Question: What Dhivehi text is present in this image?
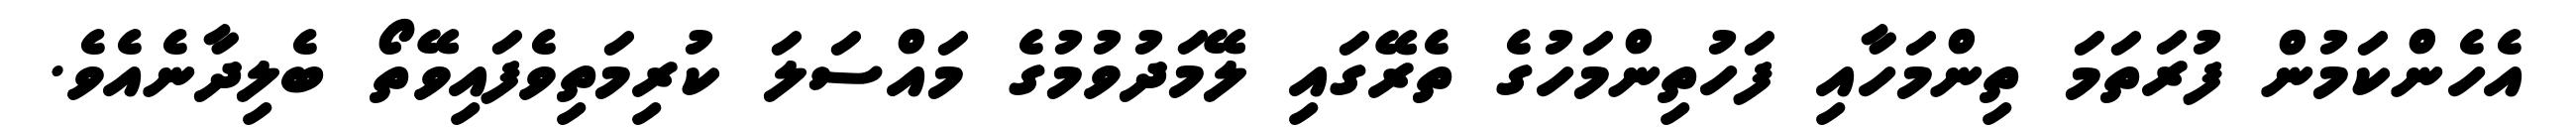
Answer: އެހެންކަމުން ފުރަތަމަ ތިންމަހާއި ފަހުތިންމަހުގެ ތެރޭގައި ލޭމަދުވުމުގެ މައްސަލަ ކުރިމަތިވެފައިވޭތޯ ބެލިދާނެއެވެ.